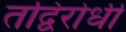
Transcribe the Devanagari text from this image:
तद्विरोधी